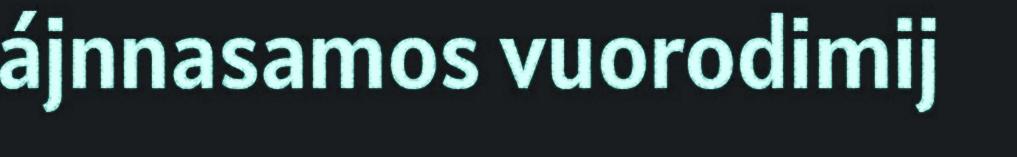
ájnnasamos vuorodimij